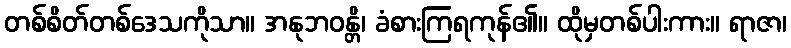
တစ်စိတ်တစ်ဒေသကိုသာ။ အနုဘဝန္တိ၊ ခံစားကြရကုန်၏။ ထိုမှတစ်ပါးကား။ ရာဇာ၊